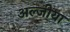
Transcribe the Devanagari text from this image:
अल्जीया